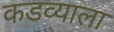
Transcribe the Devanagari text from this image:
कडव्याला